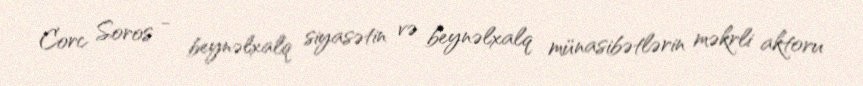
Corc Soros - beynəlxalq siyasətin və beynəlxalq münasibətlərin məkrli aktoru